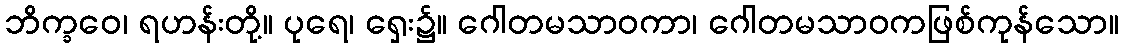
ဘိက္ခဝေ၊ ရဟန်းတို့။ ပုရေ၊ ရှေး၌။ ဂေါတမသာဝကာ၊ ဂေါတမသာဝကဖြစ်ကုန်သော။